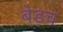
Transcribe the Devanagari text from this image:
बेड़च